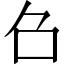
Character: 𠮥